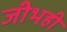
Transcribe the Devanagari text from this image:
जीभही